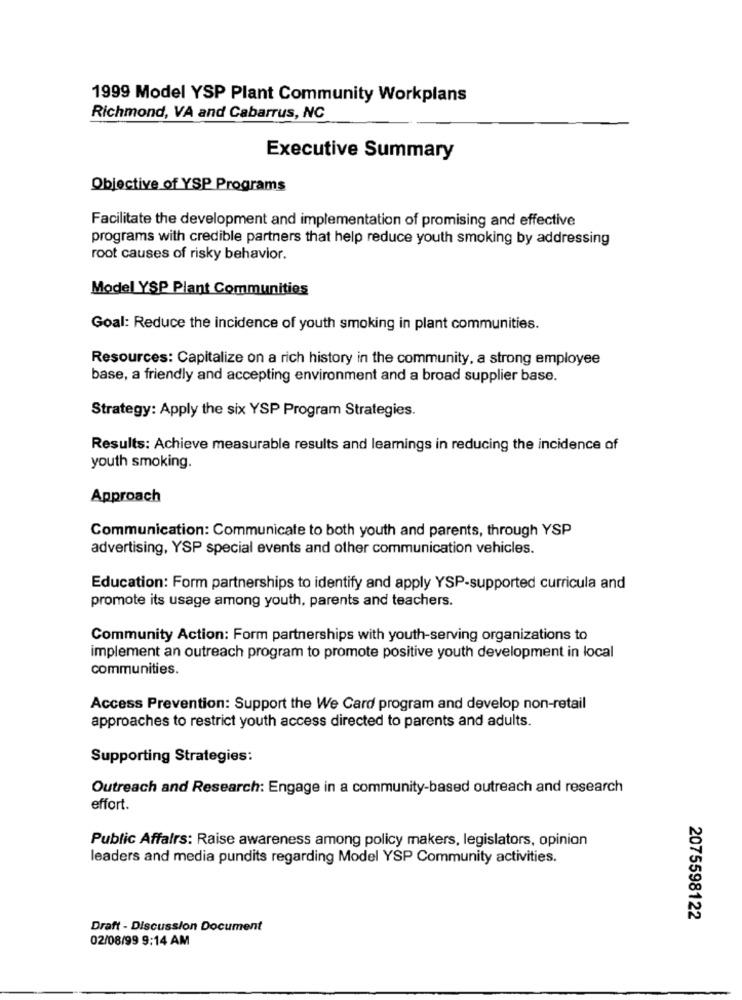
1999 Model YSP Plant Community Workplans
Richmond, VA and Cabarrus, NC
Executive Summary
Objective of YSP Programs
Facilitate the development and implementation of promising and effective
programs with credible partners that help reduce youth smoking by addressing
root causes of risky behavior.
Model YSP Plant Communities
Goal: Reduce the incidence of youth smoking in plant communities.
Resources: Capitalize on a rich history in the community, a strong employee
base, a friendly and accepting environment and a broad supplier base.
Strategy: Apply the six YSP Program Strategies.
Results: Achieve measurable results and learnings in reducing the incidence of
youth smoking.
Approach
Communication: Communicate to both youth and parents, through YSP
advertising, YSP special events and other communication vehicles.
Education: Form partnerships to identify and apply YSP-supported curricula and
promote its usage among youth, parents and teachers.
Community Action: Form partnerships with youth-serving organizations to
implement an outreach program to promote positive youth development in local
communities.
Access Prevention: Support the We Card program and develop non-retail
approaches to restrict youth access directed to parents and adults.
Supporting Strategies:
Outreach and Research: Engage in a community-based outreach and research
effort.
Public Affairs: Raise awareness among policy makers, legislators, opinion
leaders and media pundits regarding Model YSP Community activities.
2075598122
Draft - Discussion Document
02/08/99 9:14 AM